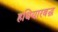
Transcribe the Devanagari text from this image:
हथियारबद्ध